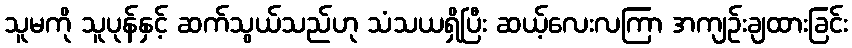
သူမကို သူပုန်နှင့် ဆက်သွယ်သည်ဟု သံသယရှိပြီး ဆယ့်လေးလကြာ အကျဉ်းချထားခြင်း